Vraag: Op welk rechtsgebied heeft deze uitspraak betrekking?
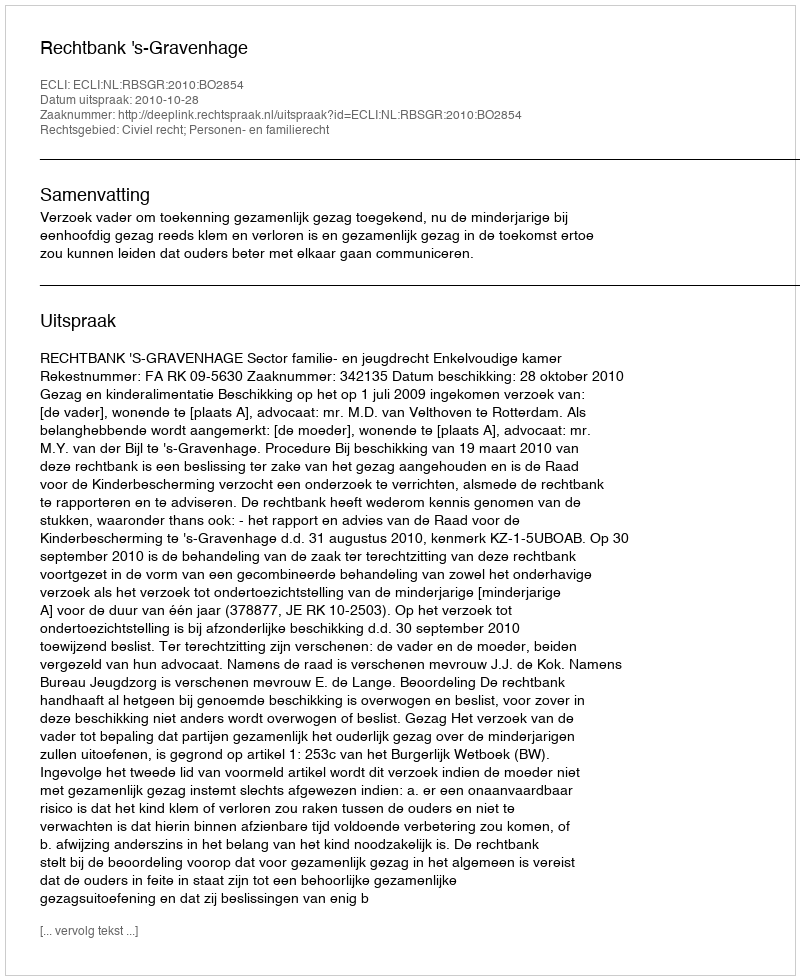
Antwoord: Civiel recht; Personen- en familierecht